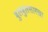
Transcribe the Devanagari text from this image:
बुलबुलसारखा